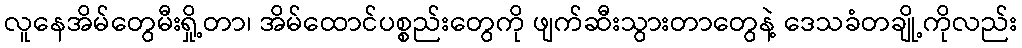
လူနေအိမ်တွေမီးရှို့တာ၊ အိမ်ထောင်ပစ္စည်းတွေကို ဖျက်ဆီးသွားတာတွေနဲ့ ဒေသခံတချို့ကိုလည်း